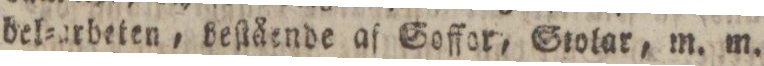
bel=arbeten, beſtående af Soffor, Stolar, m. m.